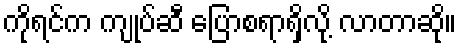
ကိုရင်က ကျုပ်ဆီ ပြောစရာရှိလို့ လာတာဆို။